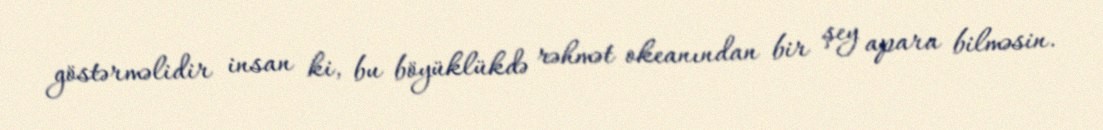
göstərməlidir insan ki, bu böyüklükdə rəhmət okeanından bir şey apara bilməsin.